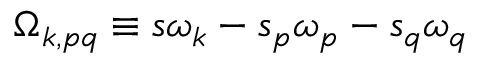
\Omega _ { k , p q } \equiv s \omega _ { k } - s _ { p } \omega _ { p } - s _ { q } \omega _ { q }